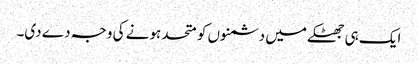
ایک ہی جھٹکے میں دشمنوں کو متحد ہونے کی وجہ دے دی۔